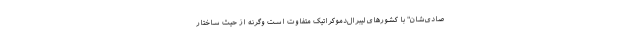
صادی‌شان" با کشورهای لیبرال‌دموکراتیک متفاوت است وگرنه از حیث ساختار